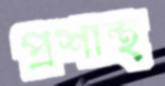
প্রশান্থ